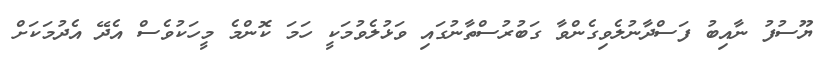
ޔޫސުފު ނާއިބު ފަސްދާނުލެވިގެންވާ ގަބުރުސްތާނުގައި ވަޅުލެވުމަކީ ހަމަ ކޮންމެ މީހަކުވެސް އެދޭ އެދުމަކަށް